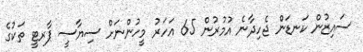
ސައިޒުން ކަނޑަން ޖެހިދާނެ އުމުރުން 65 އަހަރު މީހުންނަށް ސިޔާސީ ޕާރޓީ ތަކުގެ